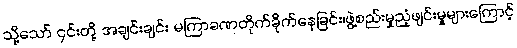
သို့သော် ၎င်းတို့ အချင်းချင်း မကြာခဏတိုက်ခိုက်နေခြင်း၊ဖွဲ့စည်းမှုညံ့ဖျင်းမှုများကြောင့်